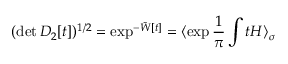
( \operatorname * { d e t } D _ { 2 } [ t ] ) ^ { 1 / 2 } = \exp ^ { - \tilde { W } [ t ] } = \langle \exp \frac { 1 } { \pi } \int t H \rangle _ { \sigma }